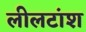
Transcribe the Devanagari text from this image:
लीलटांश